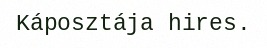
Káposztája hires.